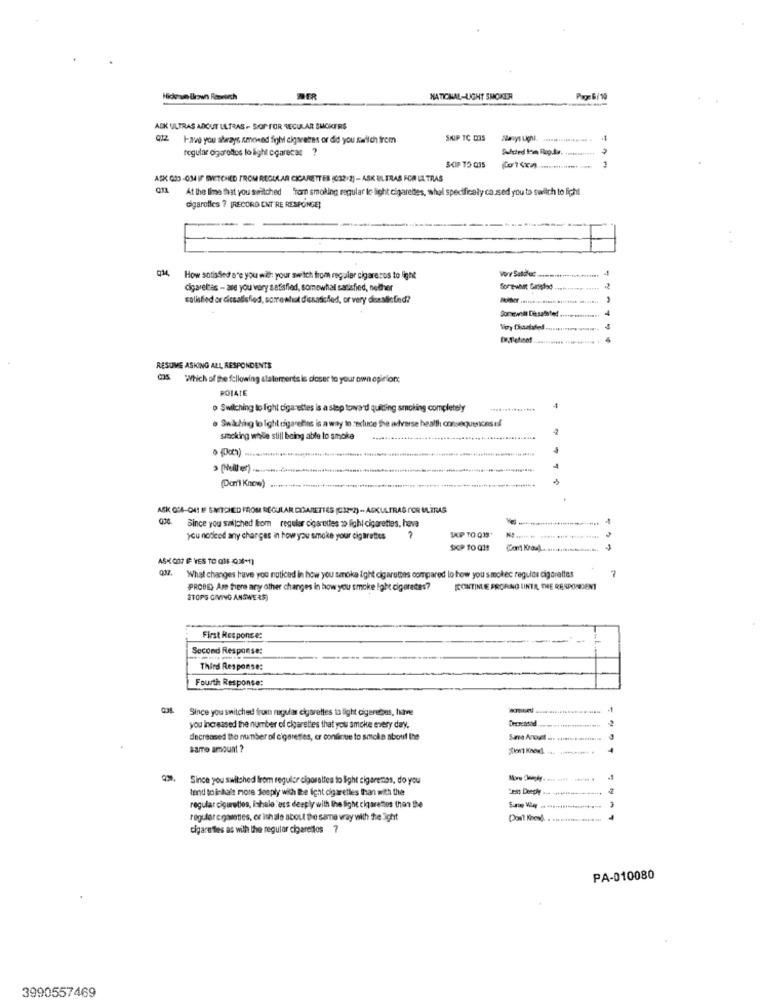
MER
NATICHAL-LICHT SMOKEA
Page 6/ 10
ASK ULTRAS ABOUT ULTRAS - SHOP FOR REGULAR SMOKERS
Have you aberays cmoned fight cigarettes or did you sellch from
SKIP TC DOS
regular oggroftos lo light ccarecar ?
SKIP TO 035
ASK G33-OM4 IF BVETCHED FROM REGULAR CIGARETTES (012/2) - ASK ULTRAS FOR ULTRAS
At the lime that you switched "for smoking regular ic light cigarettes, whel specifically caused you to switch to licht
digarolles ? [RECORD ENT RE RESPONGE]
How sotisfied are you with your swich from regular cigare ros to light
cigarettes - are you very satisfied, somewhat satisfied, nether
Somewhat Sansstod
colisfied or dissatisfied, somewhat dissadefed, or very desalicted?
RESUME ASKING ALL RESPONDENTS
Which of the following statements is closer to your own opinion:
POIALE
Switching to Fight cigarettes is a step toward quitting smoking completely
· Swathing to light cigaretles is a way to zechce the adverse health consequences of
-
smocking while still being able to smoke
.......
(Don't Know)
ASK GOS-CHAT IF SNITCHED FROM REGULAR DIGARETTES (C12-2) -. ASKULTRAS FOR ULTRAS
Since you salched kom regular cigarettes so lighi cigarettes, have
IP TO Q19*
younoticed any changes in how you smoke your cigarettes
ASK CO? IF VES TO 016 03-1]
What changes have you noticed in how you smoke ight cigarettes compared lo how you smokec regulos cigarettes
PROBE, Are there any other changes in how you smoke Ight cigaretes?
CONTINUE PRORING IINTA, THE RESPONDENT
2TOPS GIVING ANSWER$)
First Response:
Second Response:
Third Response:
Fourth Response:
Since you switched from regular cigarettes to light cigereces, have
-1
you increased the number of cigarettes that you smoke every day.
decreased the number of cigarettes, cr continue to smoke about the
same amount ?
Since you switched from regular cigarettes to light cigarenos, do you
tend to inhalt more deeply with the fight cigaretles than with the
est Deeply
regular cigaretles, ishale ess deeply with the fight cigarettes than the
regular cigarettes, er ith ale about the same vray vilh fre Sight
Don't Knowl
cigaretles as with the regular cigaretlos ?
PA-010080
3990557469